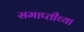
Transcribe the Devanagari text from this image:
समाप्‍तीच्या